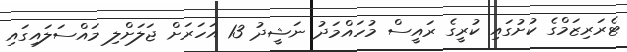
ޓެރަރިޒަމްގެ ކުށުގައި ކުރީގެ ރައީސް މުހައްމަދު ނަޝީދު 13 އަހަރަށް ޖަލަށްލި މައްސަލައިގައި